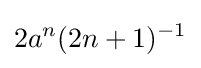
2a^{n}(2n+1)^{-1}